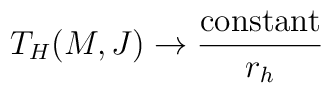
T_H(M,J)\rightarrow \frac{\mathrm{constant}}{r_h}